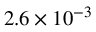
2 . 6 \times 1 0 ^ { - 3 }